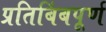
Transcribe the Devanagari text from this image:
प्रतिबिंबपूर्ण